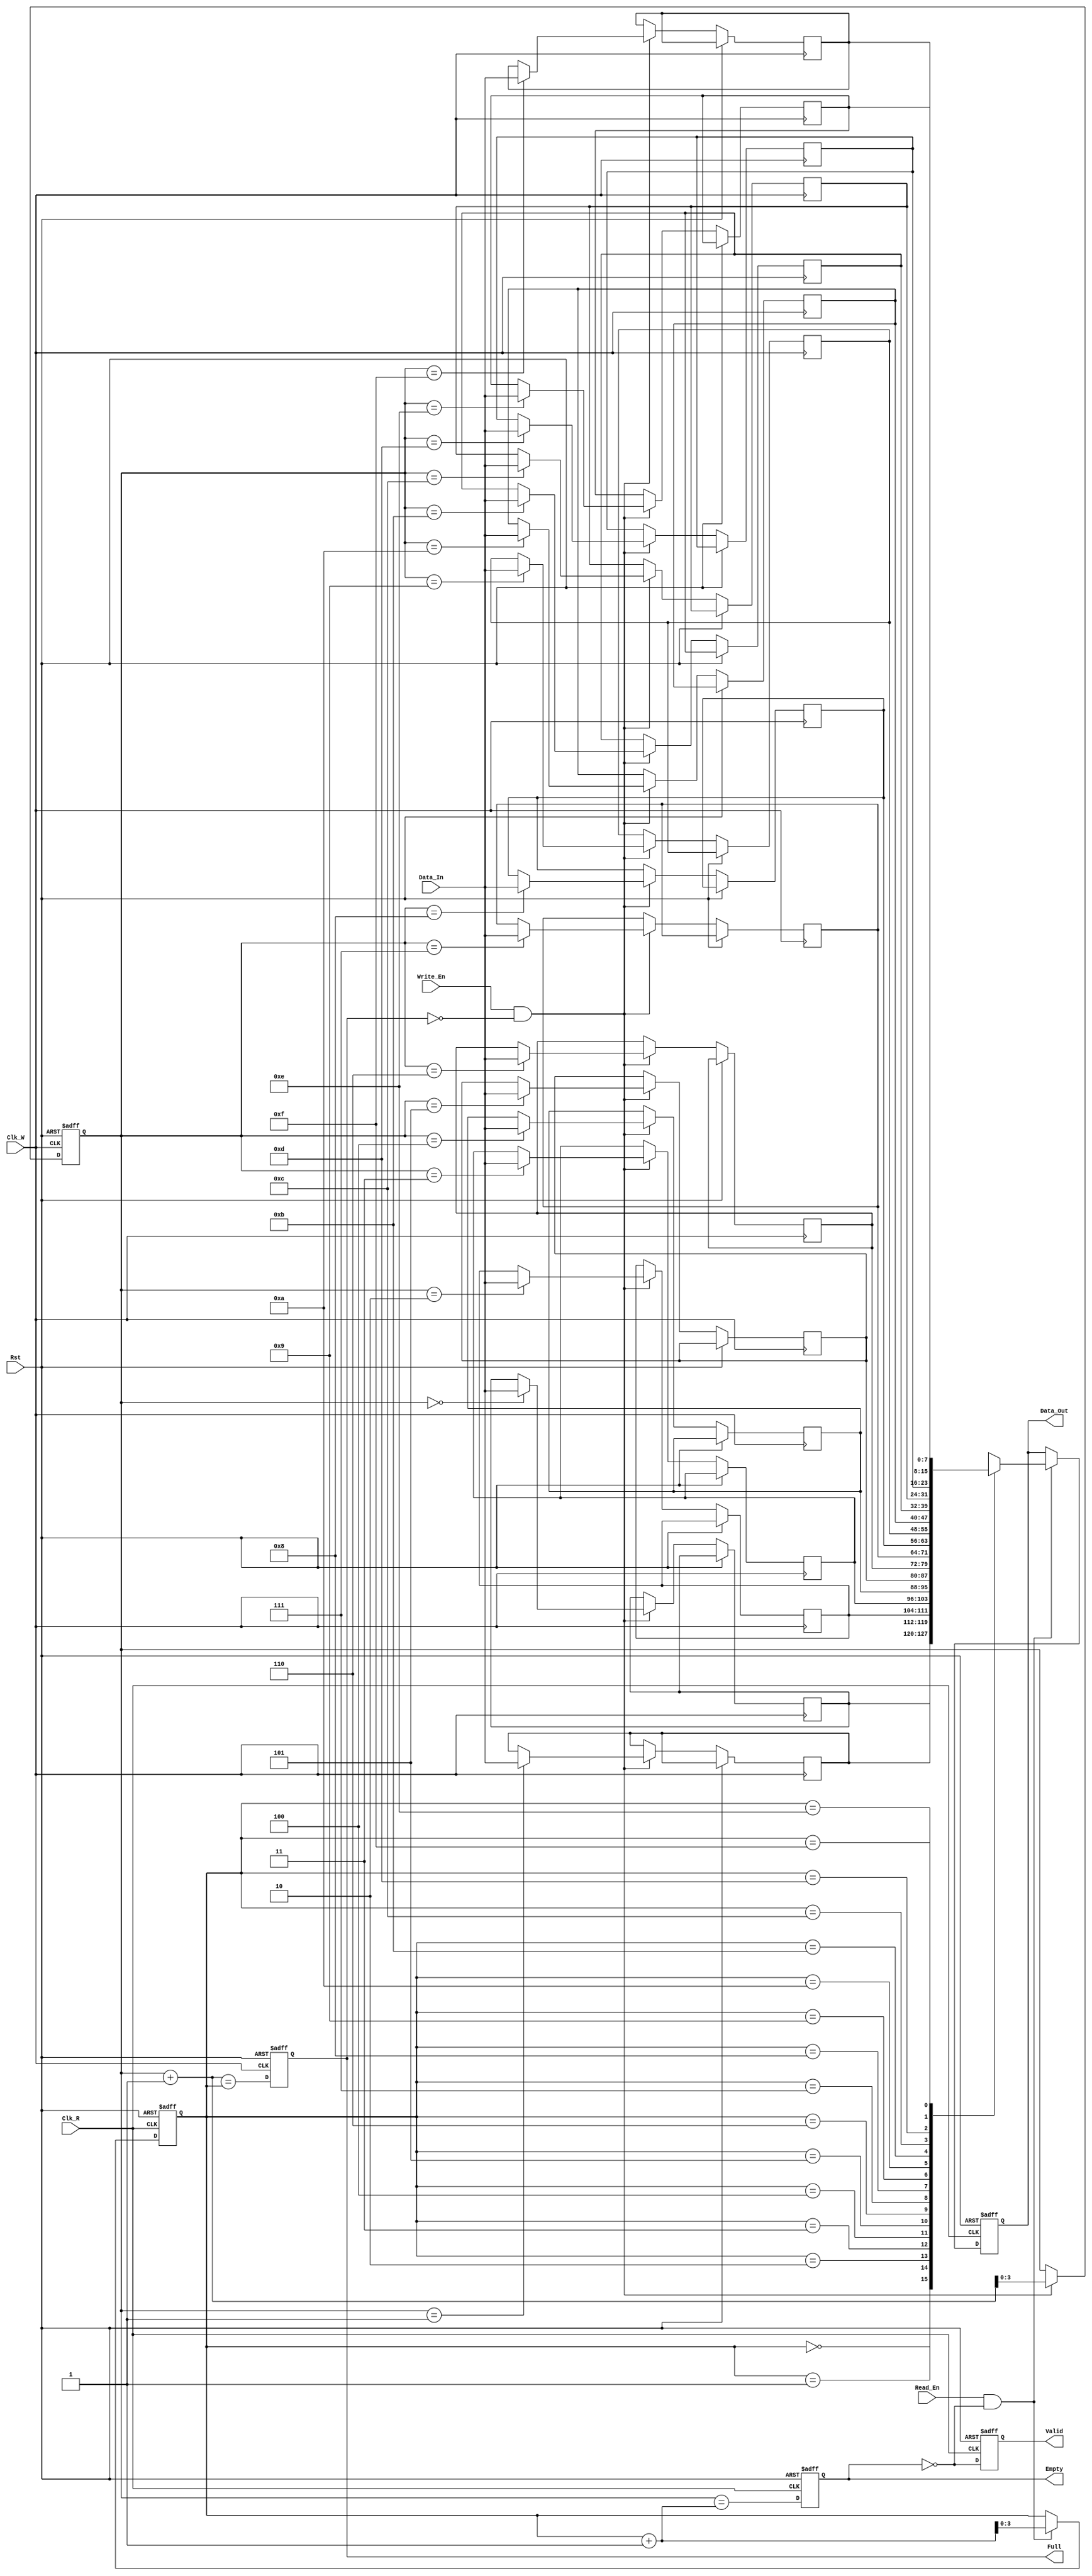
module dual_clock_fifo #(parameter DATA_WIDTH = 8,      // Data width
                         parameter FIFO_DEPTH = 16)    // FIFO depth (must be a power of 2)
(
    input  wire                  Clk_W,      // Write clock
    input  wire                  Clk_R,      // Read clock
    input  wire                  Rst,        // Asynchronous reset
    input  wire                  Write_En,   // Write enable
    input  wire                  Read_En,    // Read enable
    input  wire [DATA_WIDTH-1:0] Data_In,   // Data input
    output reg [DATA_WIDTH-1:0] Data_Out,  // Data output
    output reg                  Full,        // FIFO full flag
    output reg                  Empty,       // FIFO empty flag
    output reg                  Valid        // Data valid signal
);

localparam ADDR_WIDTH = $clog2(FIFO_DEPTH); // Calculate address width based on depth

// Memory array
reg [DATA_WIDTH-1:0] fifo_mem[FIFO_DEPTH-1:0];

// Write and read pointers
reg [ADDR_WIDTH-1:0] WPtr;
reg [ADDR_WIDTH-1:0] RPtr;
reg [ADDR_WIDTH-1:0] WPtr_gray, RPtr_gray; // Gray-coded pointers
reg [ADDR_WIDTH-1:0] WPtr_gray_next, RPtr_gray_next;

// Logic to check FIFO Full and Empty
always @(posedge Clk_W or posedge Rst) begin
    if (Rst) begin
        WPtr <= 0;
        WPtr_gray <= 0;
        Full <= 0;
    end else begin
        if (Write_En && !Full) begin
            fifo_mem[WPtr] <= Data_In;            // Write data into FIFO memory
            WPtr <= WPtr + 1;                      // Increment write pointer
            WPtr_gray <= (WPtr >> 1) ^ WPtr;      // Update Gray code for write pointer
        end
        Full <= (WPtr + 1 == RPtr);              // Check for full condition
    end
end

always @(posedge Clk_R or posedge Rst) begin
    if (Rst) begin
        RPtr <= 0;
        RPtr_gray <= 0;
        Empty <= 1;
        Valid <= 0;
        Data_Out <= 0;
    end else begin
        if (Read_En && !Empty) begin
            Data_Out <= fifo_mem[RPtr];        // Read data from FIFO memory
            RPtr <= RPtr + 1;                   // Increment read pointer
            RPtr_gray <= (RPtr >> 1) ^ RPtr;    // Update Gray code for read pointer
        end
        Empty <= (WPtr == RPtr + 1);            // Check for empty condition
        Valid <= !Empty;                         // Valid signal based on FIFO state
    end
end

// Synchronize WPtr to Clk_R domain for Empty/Full flags
always @(*) begin
    WPtr_gray_next = WPtr_gray;
end

// Synchronizing gray-coded pointers across clock domains
always @(posedge Clk_R or posedge Rst) begin
    if (Rst) begin
        RPtr_gray <= 0;
    end else begin
        RPtr_gray <= {WPtr_gray[ADDR_WIDTH-1], RPtr_gray[ADDR_WIDTH-2:0]} ^ WPtr_gray;
    end
end

endmodule